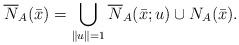
LaTeX: \begin{align*}\overline{N}_{A}(\bar{x})= \bigcup_{\|u\|=1}\overline{N}_{A}(\bar{x};u)\cup N_{A}(\bar{x}).\end{align*}